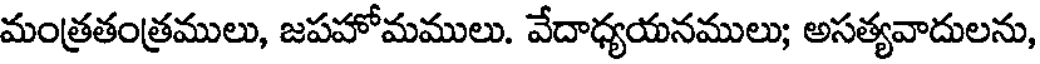
మంత్రతంత్రములు, జపహోమములు. వేదాధ్యయనములు; అసత్యవాదులను,